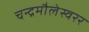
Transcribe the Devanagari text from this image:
चन्द्रमौलेस्वरर